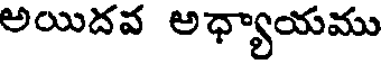
అయిదవ అధ్యాయము